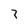
Character: 3